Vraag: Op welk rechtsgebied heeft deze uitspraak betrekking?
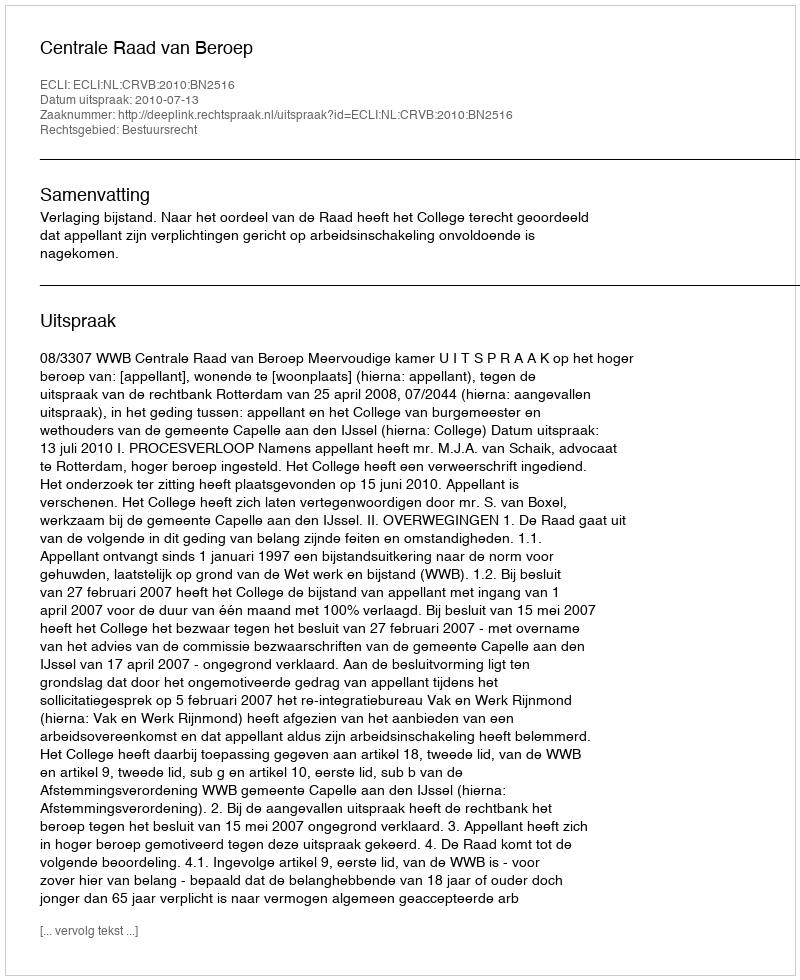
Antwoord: Bestuursrecht